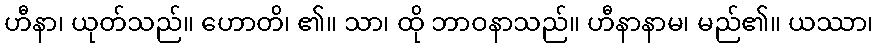
ဟီနာ၊ ယုတ်သည်။ ဟောတိ၊ ၏။ သာ၊ ထို ဘာဝနာသည်။ ဟီနာနာမ၊ မည်၏။ ယဿာ၊